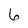
Character: 6